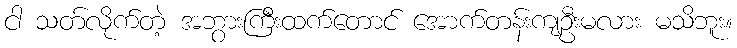
ငါ သတ်လိုက်တဲ့ အဘွားကြီးထက်တောင် အောက်တန်းကျဦးမလား မသိဘူး။